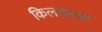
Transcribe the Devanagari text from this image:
किलतारक